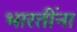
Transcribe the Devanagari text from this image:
भारतींना